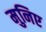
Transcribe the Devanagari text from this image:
मुनिए